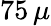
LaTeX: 75\, \mu